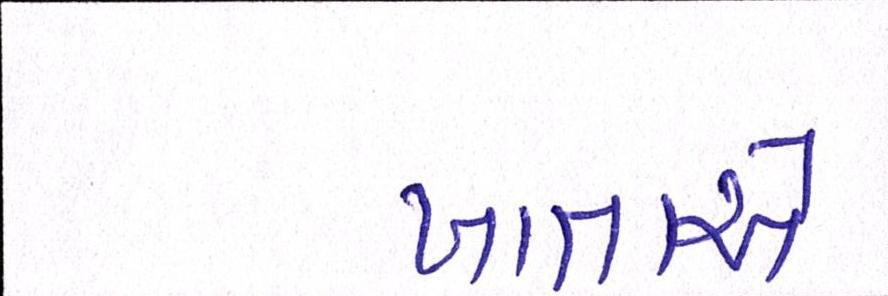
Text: ખાતાએ